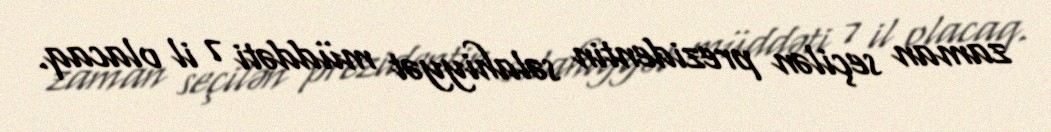
zaman seçilən prezidentin səlahiyyət müddəti 7 il olacaq.